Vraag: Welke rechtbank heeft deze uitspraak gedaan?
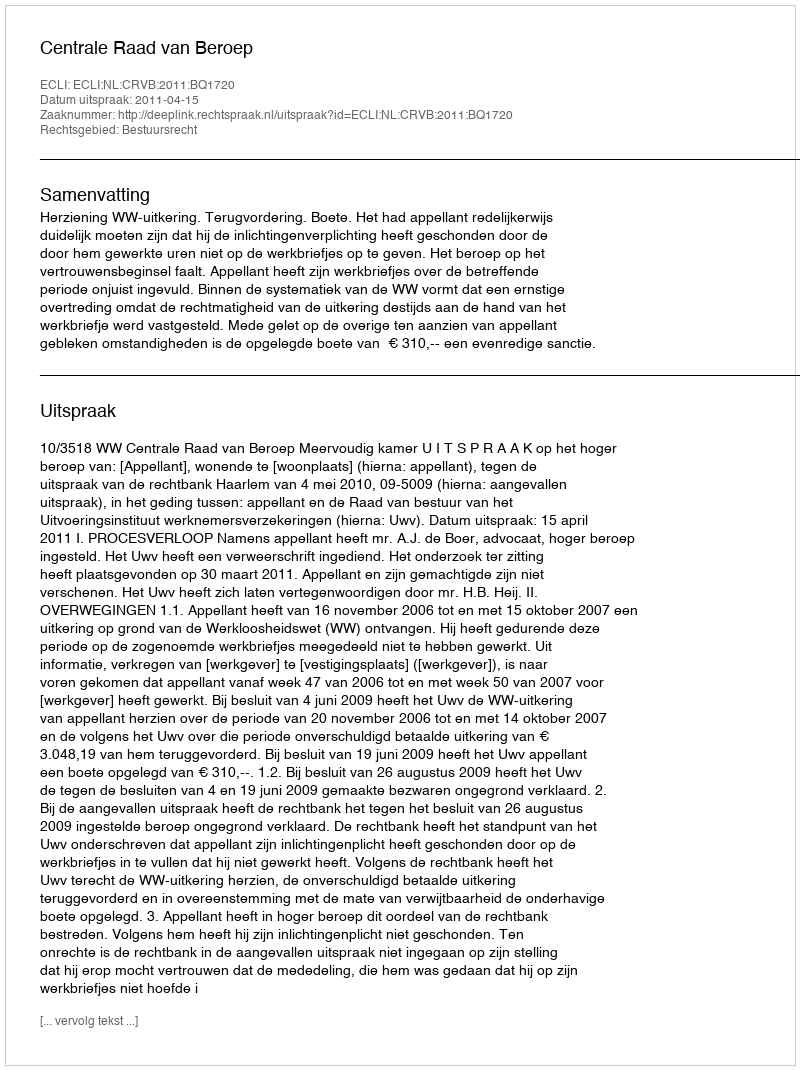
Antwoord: Centrale Raad van Beroep